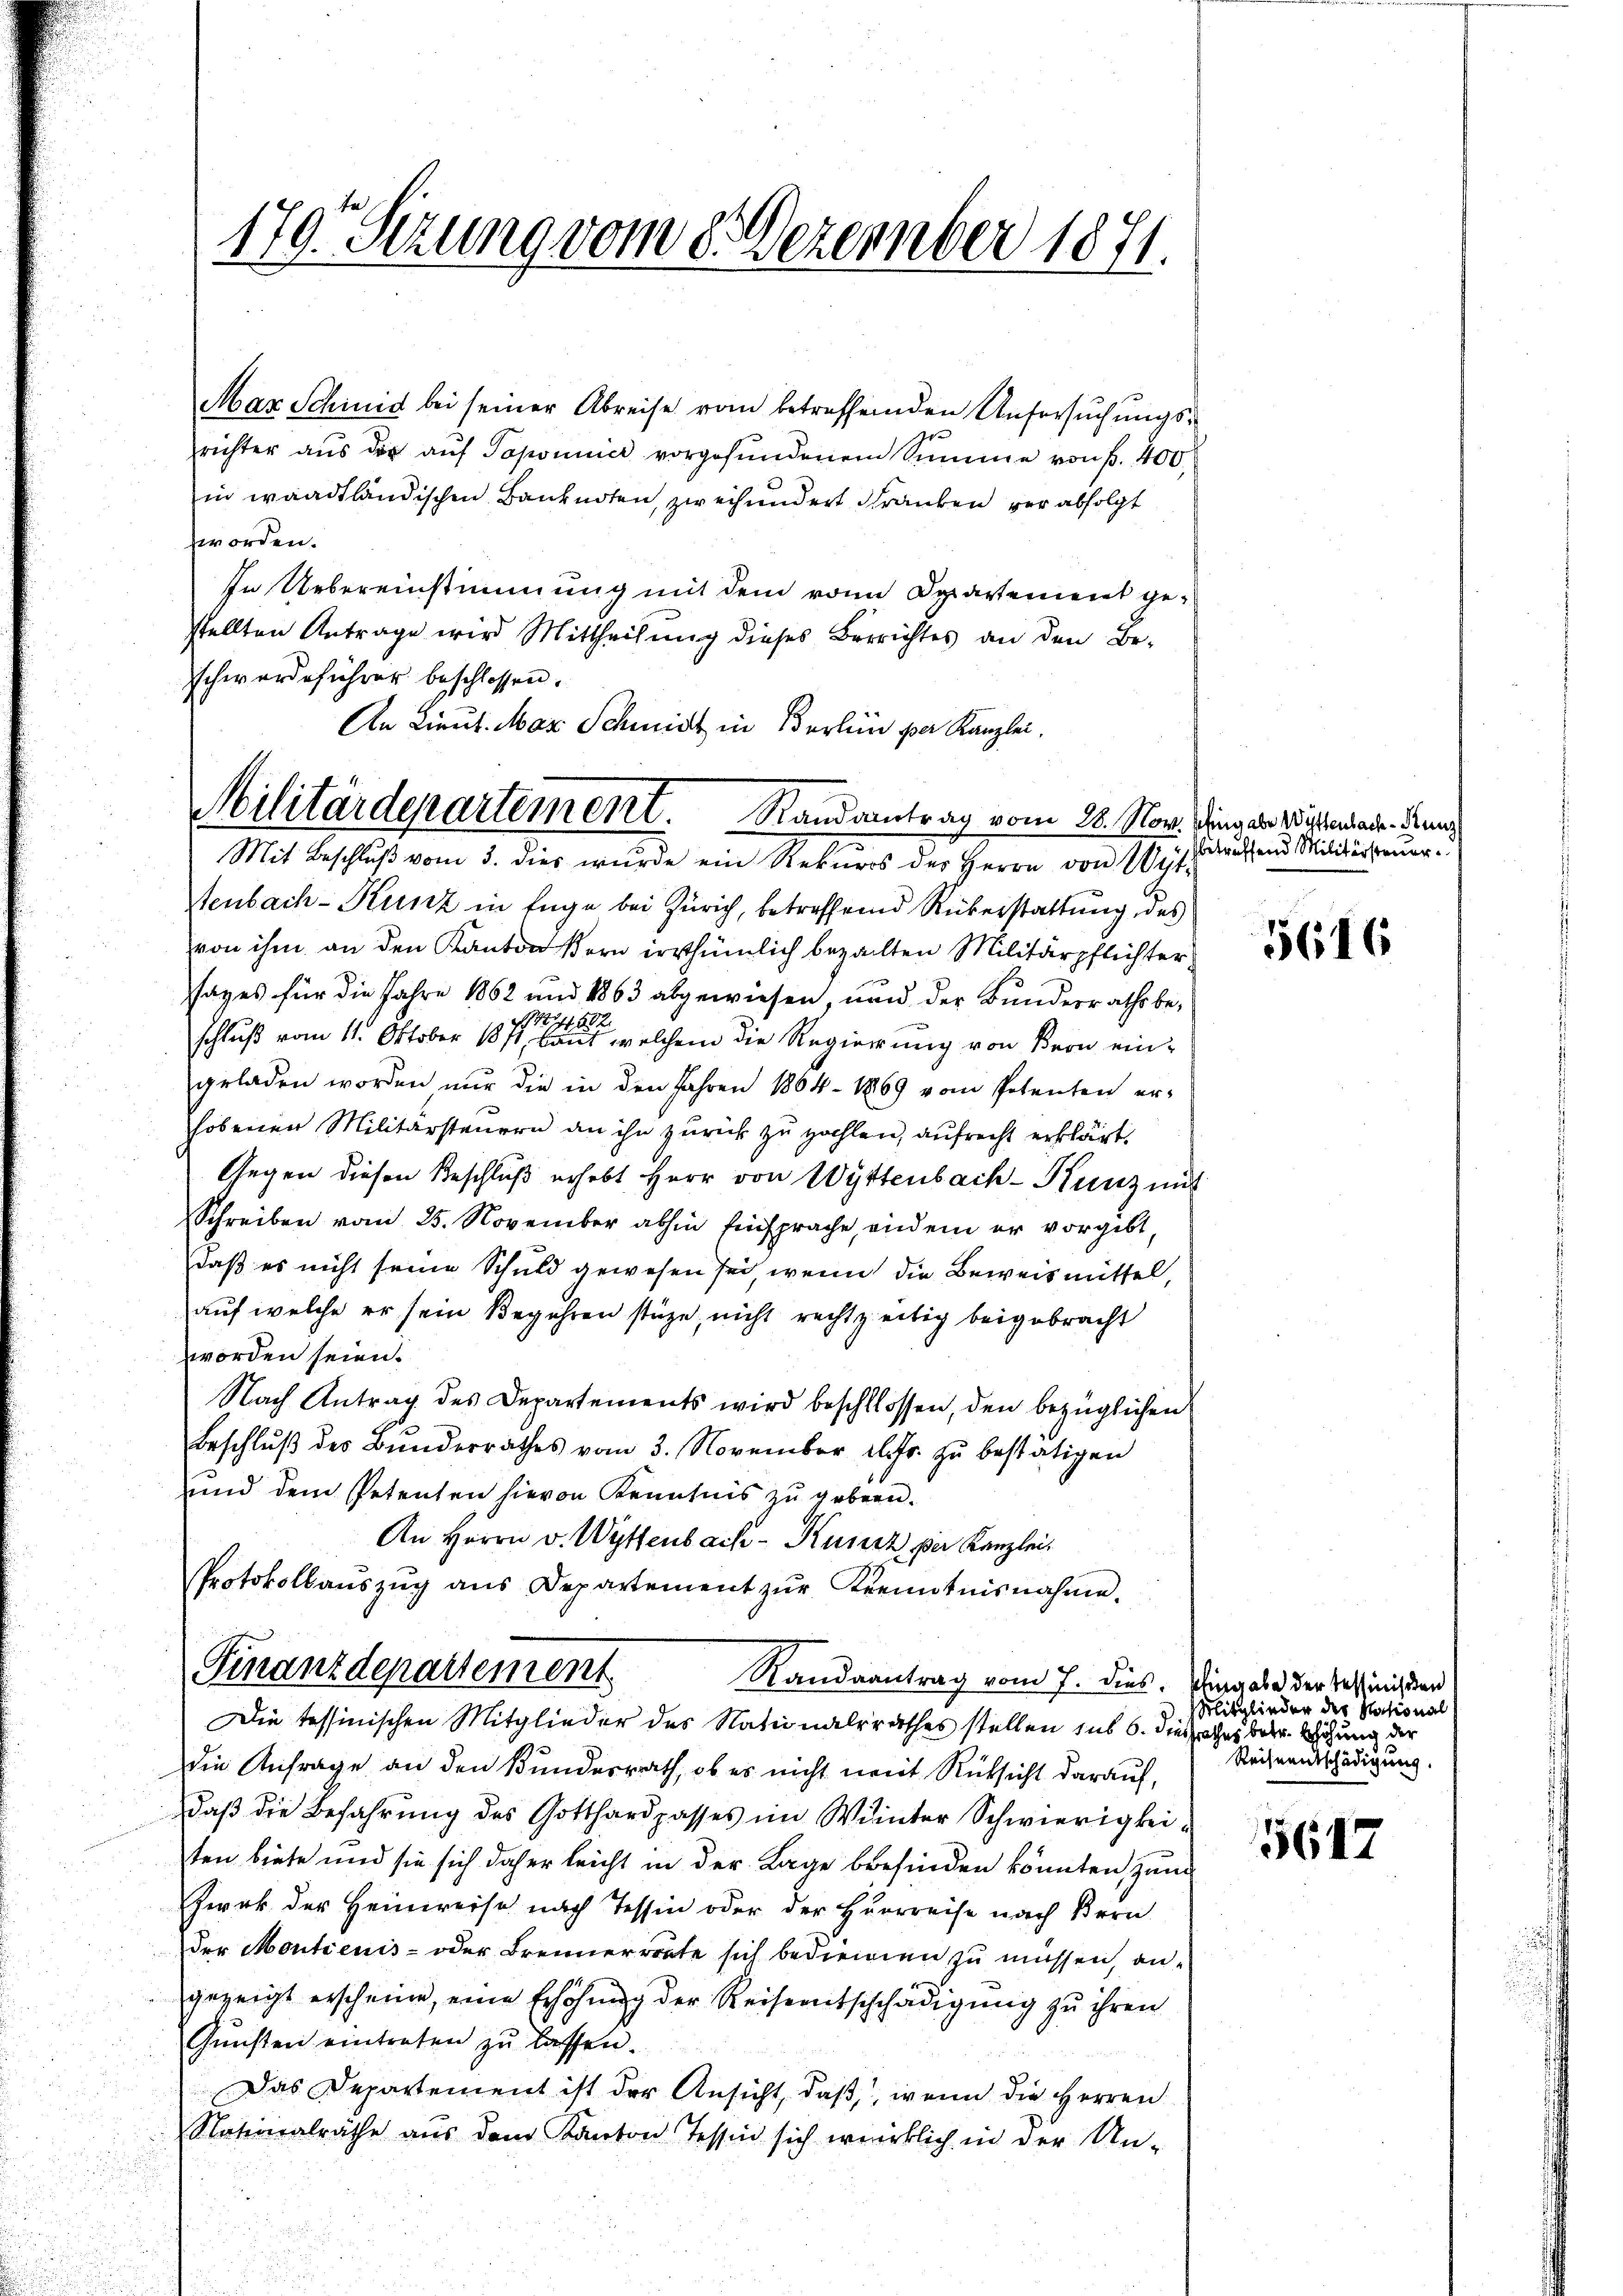
Mar Schinid bei seiner Abreise vom betreffenden Untersuchungsrichter aus der aŭf Topominer vorgefundenem Summe von f. 400
in waadtländischen Banknoten, zweihundert Franken verabfolgt
zworden.
In Uebereinstimmung mit dem von Departement gestellten Antrage wird Mittheilung dieses Berrichtes an den Be-
schwerdeführer beschlossen.
Mit Beschluß vom 3. dies wurde ein Rekurs der Herrn von Wyt
tenbach-Kunz in Enge bei Zürich, betreffend Rükerstattung des
von ihm an den Kanton Bern irrthümlich bezahlten Militärpflichtersages für die Jahre 1862 und 1863 abgewiesen, und der Bunderraths be¬
S 17
52
schluß vom 11. Oktober 1811, laut welchem die Regierung von Bern eingeladen worden nur die in den Jahren 1864 - 1869 vom Petenten er-
hobenen Militärsteuern an ihn zurück zu zahlen, aufrecht erklärt.
Gegen diesen Beschluß erhebt Herr von Wyttenbach-Kunz mit
Schreiben vom 25. November abhin Einsprache, eindem er vorgibt,
daß es nicht seine Schuld gewesen sei, wenn die Beweismittel,
auf welche er sein Begehren stüze, nicht rechtzeitig beigebracht
worden seien.
Nach Antrag des Departements wird beschlossen, den bezüglichen
Beschlŭβ des Bunderrathes vom 3. November elfr. zŭ bestätigen
und dem Petenten hievon Kenntnis zu geben.
An Herrn v. Wyttenbach-Kunz per Kanzlei.
Protokollaŭszŭg ans Departement zŭr Kenntnisnahme.
Finanzdepartement
Randsantrag vom 7. dies
Die tessinischen Mitglieder des Nationalrathes stellen sub 6. dießsaches betr. Wohnung der
die Anfrage an den Bundesrath, ob es nicht weit Rücksicht darauf,
daß die Befahrung des Gotthardpasses im Winter Schwierigkeiten biete und sie sich daher leicht in der Lage befinden könnten, zum
Zwek der Heimreise nach Tessin oder der Herrreise nach Bern
der Montienis- oder Brennerrente sich bedienen zu müssen, angezeigt erscheine, eine Erhöhung der Reiseentschchädigung zu ihren
Gŭnsten eintreten zŭ lassen.
Das Departement ist der Ansicht, daß, wenn die Herren
Nationalräthe aus dem Kanton Tessin sich wirklich in der Un-

170. Sezung vom 8. Dezember 1871.

An Lieut. Mar Schmidt in Berlin per Kanzlei,
Militärdepartement. Randantrag vom 28. Nov. Ging die Wissendant Kunz

betreffend Militärsteuer

5616

schingabe der Tessinischen
Mitglieder des National
Reiseentschädigung.

5647